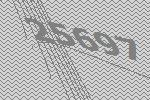
25697